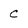
Character: c